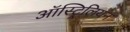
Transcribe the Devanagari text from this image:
ऑस्ट्रिलियन